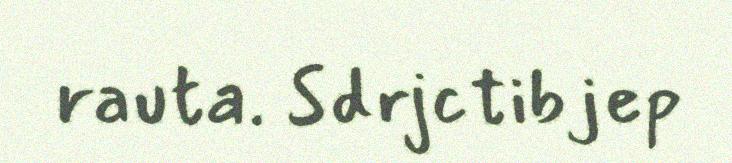
rauta. Sdrjctibjep